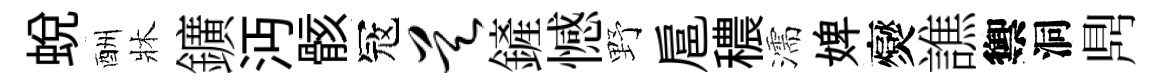
蜕酬牀鑛沔骸冦昊鏟憾野扈穠濡婢爕譙禦洞𪔂